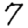
Digit: 7